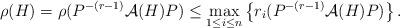
LaTeX: \begin{align*}\rho(H)=\rho(P^{-(r-1)}\mathcal{A}(H)P) \leq\max_{1\leq i\leq n}\left\{r_i(P^{-(r-1)}\mathcal{A}(H)P)\right\}.\end{align*}